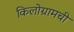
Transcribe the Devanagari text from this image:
किलोग्रामची